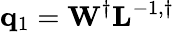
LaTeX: \mathbf{q}_{1}=\mathbf{W}^{\dagger}\mathbf{L}^{-1,\dagger}